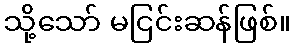
သို့သော် မငြင်းဆန်ဖြစ်။